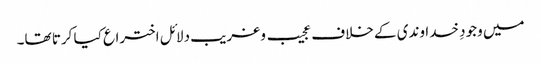
میں وجودِ خداوندی کے خلاف عجیب و غریب دلائل اختراع کیا کرتا تھا۔